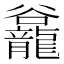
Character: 𪚡